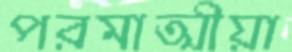
পরমাত্মীয়া